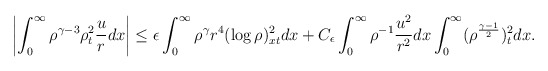
\begin{align*}\begin{aligned}\left|\int_0^\infty\rho^{\gamma-3}\rho_t^2\frac{u}{r}dx\right|\leq\epsilon\int_0^\infty\rho^\gamma r^4(\log\rho)_{xt}^2dx+C_\epsilon\int_0^\infty\rho^{-1}\frac{u^2}{r^2}dx\int_0^\infty(\rho^\frac{\gamma-1}{2})_t^2dx.\end{aligned}\end{align*}